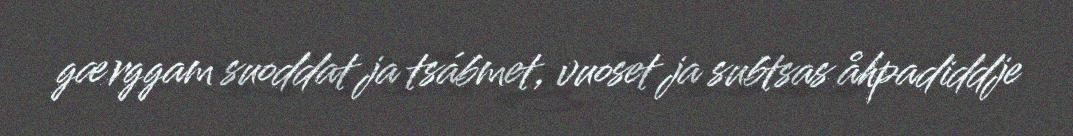
gærggam suoddat ja tsábmet, vuoset ja subtsas åhpadiddje